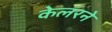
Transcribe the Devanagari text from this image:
केलरने